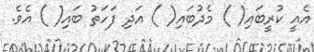
އެއީ ކުރީބައި( ) މެދުބައި( ) އަދި ފަހަތު ބައި( ) އެވެ.